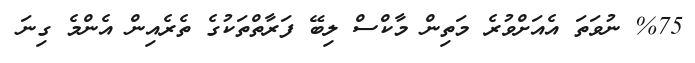
%75 ނުވަތަ އެއަށްވުރެ މަތިން މާކްސް ލިބޭ ފަރާތްތަކުގެ ތެރެއިން އެންމެ ގިނަ